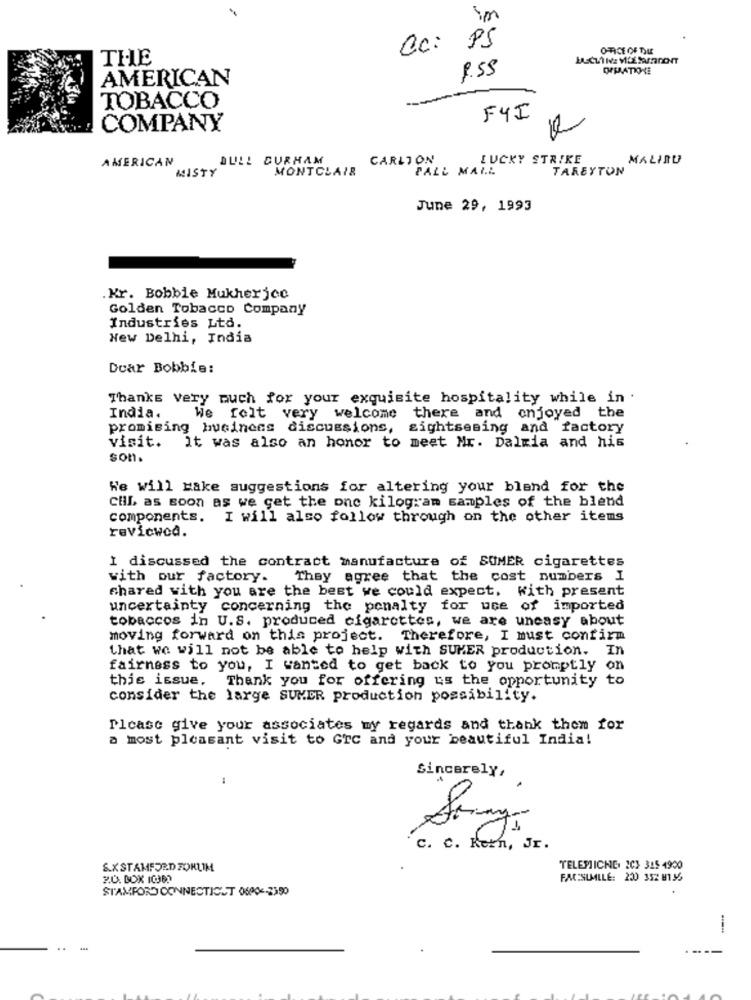
im
Cc:
PS
OFFICE OF TIME
THE
AMERICAN
9.55
TOBACCO
FYI
COMPANY
AMERICAN
DULL CURHAM
CARLTON
LUCKY STRIKE
MALINU
MISTY
MONTCLAIR
PALL MALL
TAREYTON
June 29, 1993
.Kr. Bobbie Mukherjee
Golden Tobacco Company
Industries Ltd.
New Delhi, India
Dear Bobbie:
Thanks very much for your exquisite hospitality while in .
India.
We felt very welcome there and enjoyed the
promising hucinens discussions,
sightseeing and factory
visit.
It was also an honor to meet Mr. Dalmia and his
son .
We will Hake suggestions for altering your bland for the
Clil, as soon as we get the one kilogram samples of the blend
components. I will also follow through on the other items
reviewed.
I discussed the contract manufacture of SUMER cigarettes
with our factory.
They agree that the cost numbers I
shared with you are the best we could expect, with present
uncertainty concerning the penalty for use of imported
tobaccos in U.S. produced cigarettes, we are uncasy about
moving forward on this project. Therefore, I must confirm
that we will not be able to help with SUMER production. In
fairness to you, I wanted to get back to you promptly on
this issue. Thank you for offering us the opportunity to
consider the large SUMER production possibility.
Please give your associates my regards and thank them for
a most pleasant visit to Grc and your beautiful India!
Sincerely,
C. C. Kern, Jr.
S.X STAMFORD FORUM
TELEPIICHE. 202 315 4900
2.0. BOX 10M2
FACSIMILE: 220 352 8136
STAMFORD CONNECTICUT 06004-2350